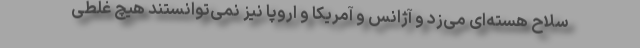
سلاح هسته‌ای می‌زد و آژانس و آمریکا و اروپا نیز نمی‌توانستند هیچ غلطی